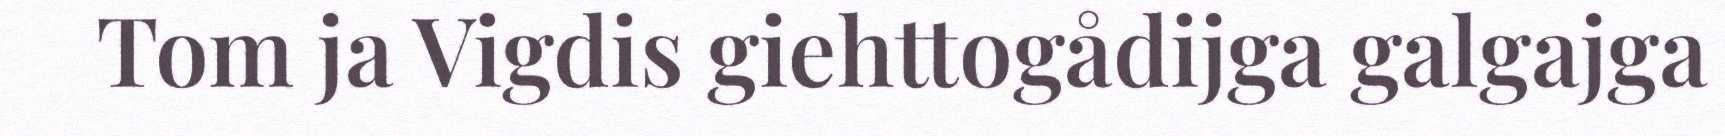
Tom ja Vigdis giehttogådijga galgajga